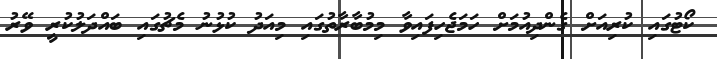
ކޯޓުގައި ކުރިއަށް ގެންދިއުމަށް ހަމަޖެހިފައިވާ މިމުބާރާތުގައި މިއަދު ކުޅުނު މެޗުގައި ބައްދަލުކުރީ ވޭރު